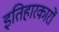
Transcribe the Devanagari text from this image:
इतिहारकारों